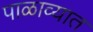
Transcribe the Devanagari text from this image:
पाळाव्यात